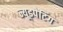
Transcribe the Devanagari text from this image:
न्यूडपेंटिंग